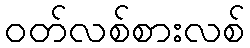
ဝတ်လစ်စားလစ်